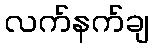
လက်နက်ချ